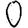
Digit: 0